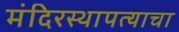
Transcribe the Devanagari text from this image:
मंदिरस्थापत्याचा